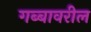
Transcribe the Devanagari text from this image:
गब्बावरील